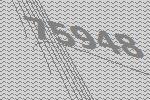
75948